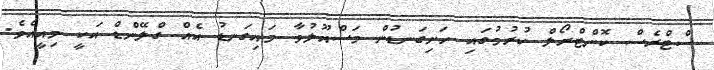
ސްޓްރެސް ކޮންޓްރޯލް ކުރުމުގައި ހަށިގަނޑުން މަސްއޫލުވާ މައިގަނޑު އެއް ގްލޭންޑް އަކީ މިއީއެވެ.